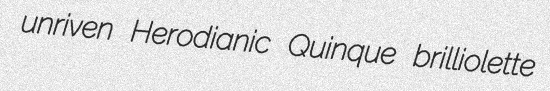
unriven Herodianic Quinque brilliolette